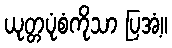
ယုတ္တပုံစံကိုသာ ပြအံ့။